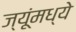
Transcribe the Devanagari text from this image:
ज्यूंमध्ये